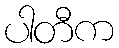
ပါတီက